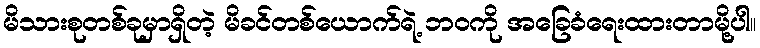
မိသားစုတစ်ခုမှာရှိတဲ့ မိခင်တစ်ယောက်ရဲ့ ဘဝကို အခြေခံရေးထားတာမို့ပါ။